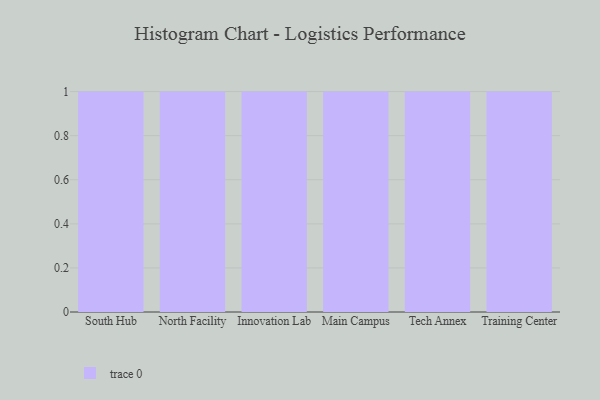
{"axis": {"x": "Campus", "y": "Energy Usage (MWh)"}, "legend": [""], "data": [{"x": "South Hub", "y": 47, "type": ""}, {"x": "North Facility", "y": 61, "type": ""}, {"x": "Innovation Lab", "y": 59, "type": ""}, {"x": "Main Campus", "y": 81, "type": ""}, {"x": "Tech Annex", "y": 36, "type": ""}, {"x": "Training Center", "y": 88, "type": ""}]}